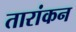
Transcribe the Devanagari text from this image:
तारांकन